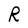
Character: R